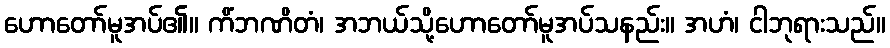
ဟောတော်မူအပ်၏။ ကိံဘဏိတံ၊ အဘယ်သို့ဟောတော်မူအပ်သနည်း။ အဟံ၊ ငါဘုရားသည်။